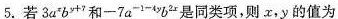
5. 若 $$3 a ^ { x } b _ { y + 7}$$ 和$$-7 a ^ { - 1 4 y } b ^ { 2 x }$$是同类项,则 x,y 的值为